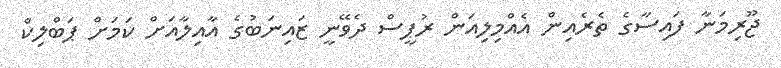
ޖޫރިމަނާ ފައިސާގެ ތެރެއިން އެއްމިލިއަން ރުޕީސް ދެވޭނީ ޒައިނަބުގެ އާއިލާއަށް ކަމަށް ޕަބްލިކް